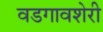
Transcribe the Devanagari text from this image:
वडगावशेरी